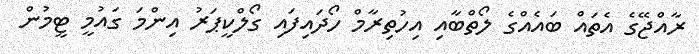
ރާއްޖޭގެ އެތައް ބައެއްގެ ލޯތްބާއި އިހުތިރާމް ހޯދައިފައި ގޯލްކީޕަރު އިންމަ ގައުމީ ޓީމުން